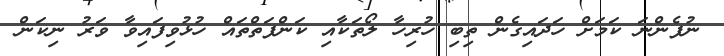
ނުފެންނަ ކަމަށް ހަދައިގެން ތިބި ހުރިހާ ލޯތަކާއި ކަންފަތްތައް ހުޅުވިފައިވާ ވަރު ނިކަން